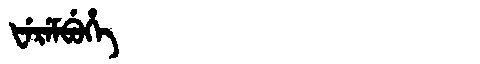
Manchu: ᡶᡝᡵᡝᠮᠪᡠᡥᡝ
Romanization: FEREMBUHE